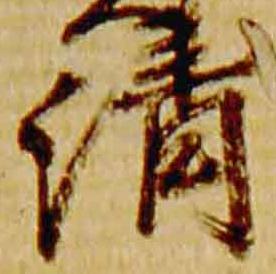
清